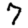
Digit: 7